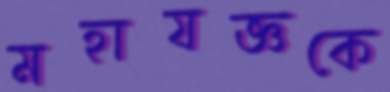
মহাযজ্ঞকে